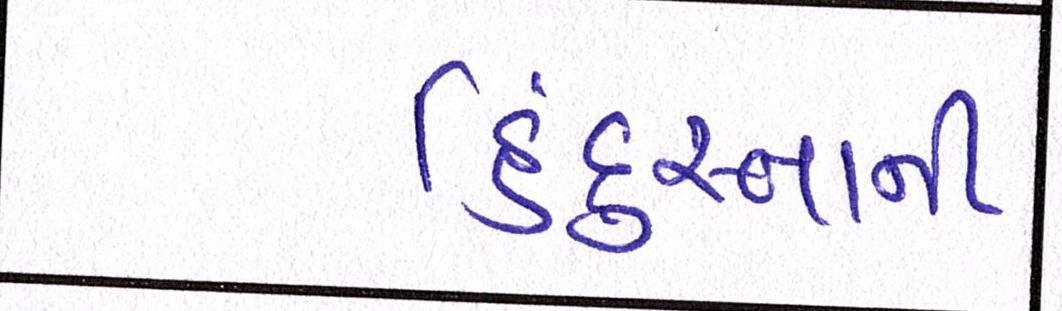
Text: હિંદુસ્તાની